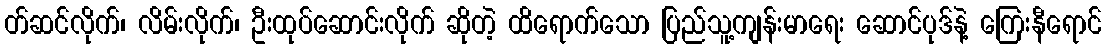
တ်ဆင်လိုက်၊ လိမ်းလိုက်၊ ဦးထုပ်ဆောင်းလိုက် ဆိုတဲ့ ထိရောက်သော ပြည်သူ့ကျန်းမာရေး ဆောင်ပုဒ်နဲ့ ကြေးနီရောင်